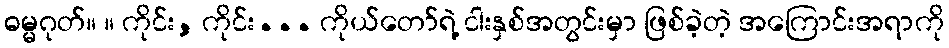
ဓမ္မဂုတ်။ ။ ကိုင်း, ကိုင်း... ကိုယ်တော်ရဲ့ ငါးနှစ်အတွင်းမှာ ဖြစ်ခဲ့တဲ့ အကြောင်းအရာကို